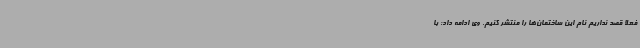
فعلا قصد نداریم نام این ساختمان‌ها را منتشر کنیم. وی ادامه داد: با